Report on lock hospitals in British Burma
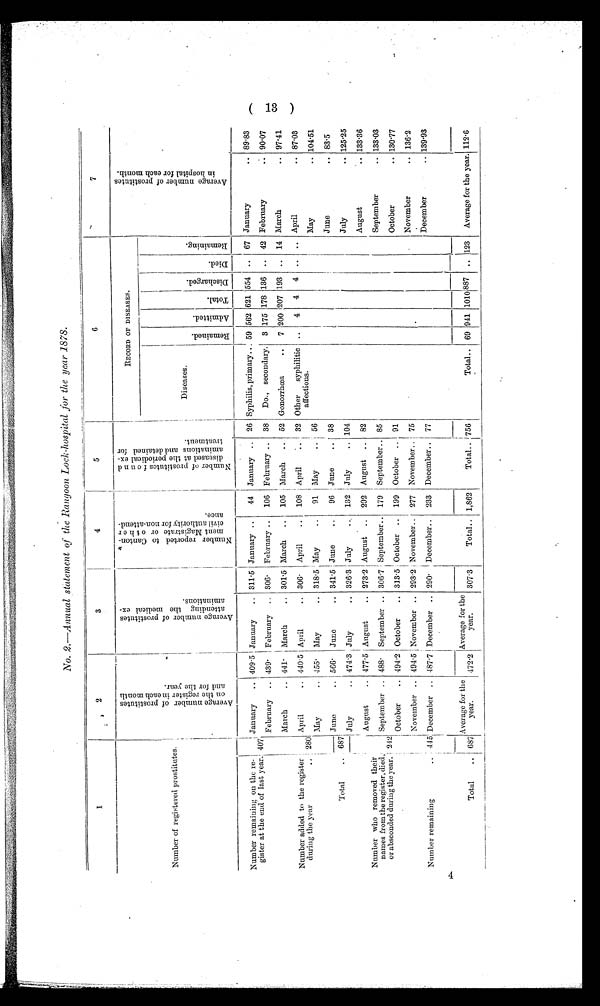
N o . 2 — A n n u a l s t a t e m e n t o f t h e R a n g o o n L o c k - h o s p i t a l f o r t h e y e a r
1 8 7 8 .
1
2
3
4
5
6
7
Number of registered prostitutes
A v e r a g e n u m b e r o f p r o s t i t u t e s o n t h e r e g i s t e r i n e a c h m o n t h a n d f o r t h e y e a r
Av e r a g e n u mb e r o f p r o s t i t u t e s a t t e n d i n g t h e me d i c a l e x a mi n a t i o n s .
N u m b e r r e p o r t e d t o c a n t o n m e n t m a g i s t r a t e o r o t h e r c i v i l a u t h o r i t y f o r n o n - a t t e n d a n c e .
N u m b e r o f p r o s t i t u t e s f o u n d d i s e a s e d a t t h e p e r i o d i c a l e x a m i n a t i o n s a n d d e t a i n e d f o r t r e a t m e n t .
RECORD OF DISEASES.
A v e r a g e n u m b e r o f p r o s t i t u t e s i n h o s p i t a l f o r i n e a c h m o n t h .
Diseases.
r e m a i n e d .
A d m i t t e d .
T o t a l .
D i s c h a r g e d .
D i e d
R e m a i n i n g .
Number remaining on the re-
gister at the end of last year.
407
January
409.5 January
311.5 January
44 January
26
S y p h i l i s , p r i m a r y 59 562 621 554
. . 67 January
. . 89.83
February
439. February .. 306.
February ..
106 February .. 38
Do., secondary. 3 175 178 136 .. 42 February
. . 90.07
March
.. 441. March
.. 301.5 March
..
105 March
..
5 2
G o n o r r h œ a . . 7 200 207 193 .. 14 March
. . 97.41
N u m b e r
a d d e d
t o t h e
r e g i s t e r
during the year
. . 280
April
.. 440.5 April
.. 306. April
..
108 April
.. 32 Other syphilitic
affections.
..
4
4
4
. .
. . April
.. 87.03
May
.. 455. May
.. 318.5 May
..
91 May
.. 56
May
.. 104.51
Total
.. 687
June
.. 566. June
.. 341.5 June
..
96 June
.. 38
June
.. 83.5
I July
.. 474.3 July
.. 326.3 July
. . 132 July
.. 104
July
.. 125.25
Number who removed their
names from the register, died,
or absconded during the year. 242
August
.. 477.5 August
.. 273.2 August .. 292 August .. 82
August
. . 133.36
September .. 488. September .. 306.7 September .. 179 September . 85
September
. . 133.03
October
.. 494.2 October
.. 313.5 October .. 199 October .. 91
October
.. 130.77
Number remaining
4 4 5
November .. 494.5 November .. 293.2 November.. 277 November.. 75
November
.. 136.2
December
487.7 December .. 290. December . . 233 December.. 77
December
. . 139.93
Total
. . 687
Average for the
year.
472.2
Average for the
year.
307.3
Total .. 1,862
T o t a l 756
Total .. 69 941 1010 887 .. 123 Average for the year. 112.6
(13)